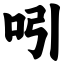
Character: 吲